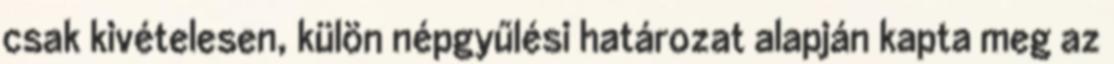
csak kivételesen, külön népgyűlési határozat alapján kapta meg az